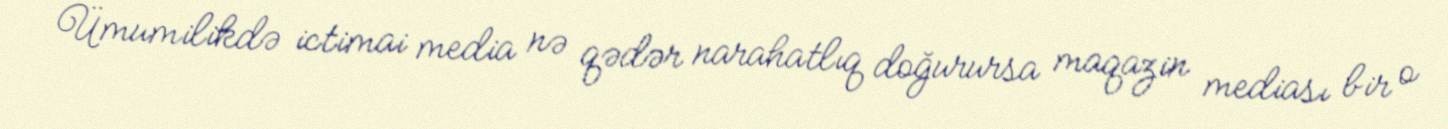
Ümumilikdə ictimai media nə qədər narahatlıq doğurursa maqazin mediası bir o